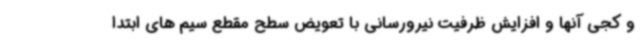
و کجی آنها و افزایش ظرفیت نیرورسانی با تعویض سطح مقطع سیم های ابتدا